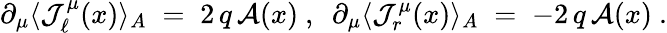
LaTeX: \partial_{\mu}\langle{\mathcal J}_{\ell}^{\mu}(x)\rangle_{A}\; =\; 2\, q\, {\mathcal A}(x)~,~~\partial_{\mu}\langle{\mathcal J}_{r}^{\mu}(x)\rangle_{A}\; =\; -2\, q\, {\mathcal A}(x)~.